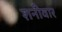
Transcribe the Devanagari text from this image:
शनीवार